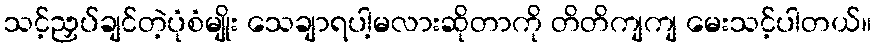
သင့်ညှပ်ချင်တဲ့ပုံစံမျိုး သေချာရပါ့မလားဆိုတာကို တိတိကျကျ မေးသင့်ပါတယ်။